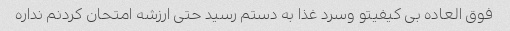
فوق العاده بی کیفیتو وسرد غذا به دستم رسید حتی ارزشه امتحان کردنم نداره